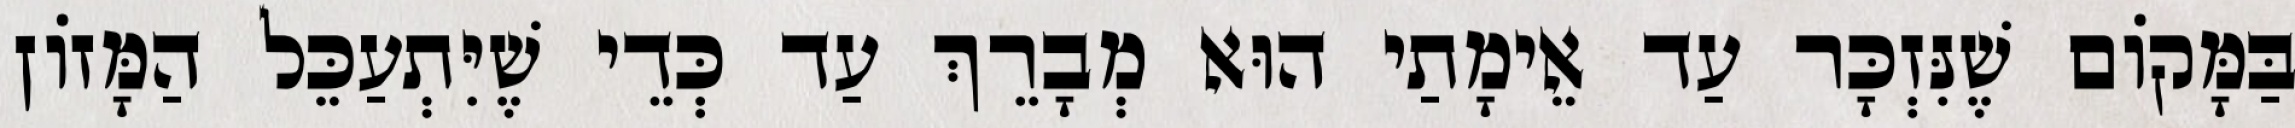
בַּמָּקוֹם שֶׁנִּזְכָּר עַד אֵימָתַי הוּא מְבָרֵךְ עַד כְּדֵי שֶׁיִּתְעַכֵּל הַמָּזוֹן